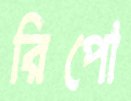
রিপো